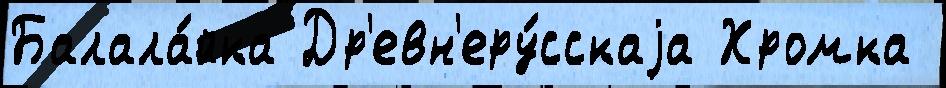
Балала́йка Др'евн'еру́сскаjа Хромка